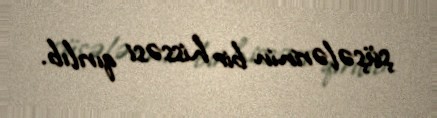
şüşələrinin bir hissəsi qırılıb.